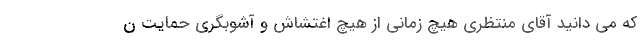
که می دانید آقای منتظری هیچ زمانی از هیچ اغتشاش و آشوبگری حمایت ن